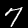
Digit: 7